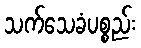
သက်သေခံပစ္စည်း